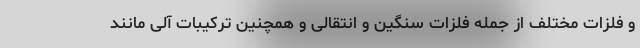
و فلزات مختلف از جمله فلزات سنگین و انتقالی و همچنین ترکیبات آلی مانند